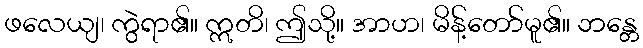
ဖလေယျ၊ ကွဲရာ၏။ ဣတိ၊ ဤသို့။ အာဟ၊ မိန့်တော်မူ၏။ ဘန္တေ